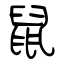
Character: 鼠